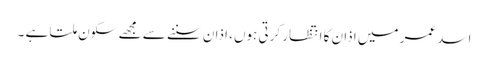
اسد عمر میں اذان کا انتظار کرتی ہوں، اذان سننے سے مجھے سکون ملتا ہے ۔